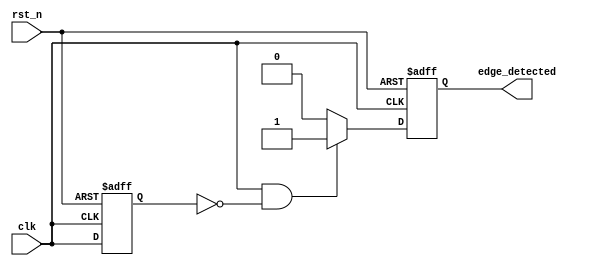
module positive_edge_detector (
    input wire clk,           // Input signal to detect edges
    input wire rst_n,        // Active low reset
    output reg edge_detected  // Output pulse for detected rising edge
);

    reg previous_state;      // Register to hold the previous state of the input signal

    // D Flip-Flop to store the previous state of the input signal
    always @(posedge clk or negedge rst_n) begin
        if (!rst_n) begin
            previous_state <= 1'b0; // Reset previous state to 0
        end else begin
            previous_state <= clk;   // Sample the current state of the input signal
        end
    end

    // Edge detection logic
    always @(posedge clk or negedge rst_n) begin
        if (!rst_n) begin
            edge_detected <= 1'b0; // Reset output pulse
        end else begin
            // Generate pulse if the current state is high and previous state is low
            edge_detected <= (clk && !previous_state) ? 1'b1 : 1'b0;
        end
    end

endmodule